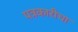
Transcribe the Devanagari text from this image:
पत्रकारीचा